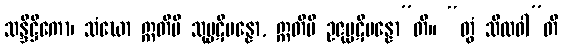
သန္ဒိဋ္ဌိကော၊ သံဃော ဣတိပိ သုပ္ပဋိပန္နော, ဣတိပိ ဥဇုပ္ပဋိပန္နော”တိ။ “တွံ သီလဝါ”တိ